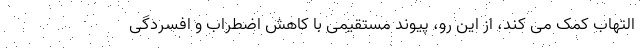
التهاب کمک می کند، از این رو، پیوند مستقیمی با کاهش اضطراب و افسردگی